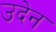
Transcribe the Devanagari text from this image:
उदेन